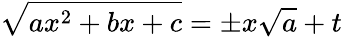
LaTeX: {\sqrt{ax^{2}+bx+c}}=\pm x{\sqrt{a}}+t